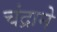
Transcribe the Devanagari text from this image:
चंद्राने